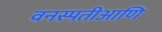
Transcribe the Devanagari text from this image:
वनस्पतीआणि